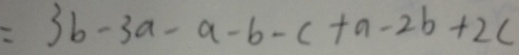
= 3 b - 3 a - a - b - c + a - 2 b + 2 c